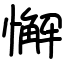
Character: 懈